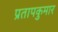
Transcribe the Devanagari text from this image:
प्रतापकुमार